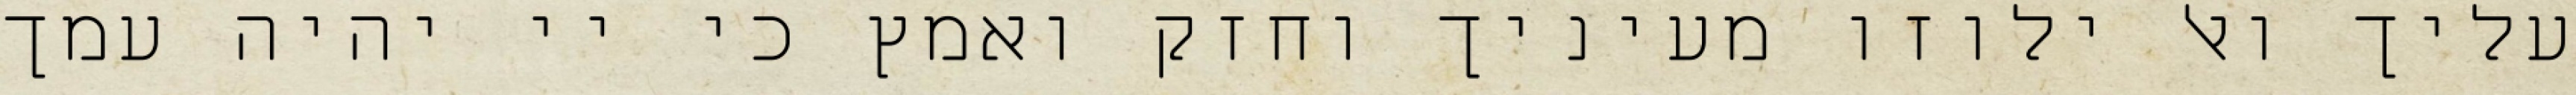
עליך ואל ילוזו מעיניך וחזק ואמץ כי יי יהיה עמך